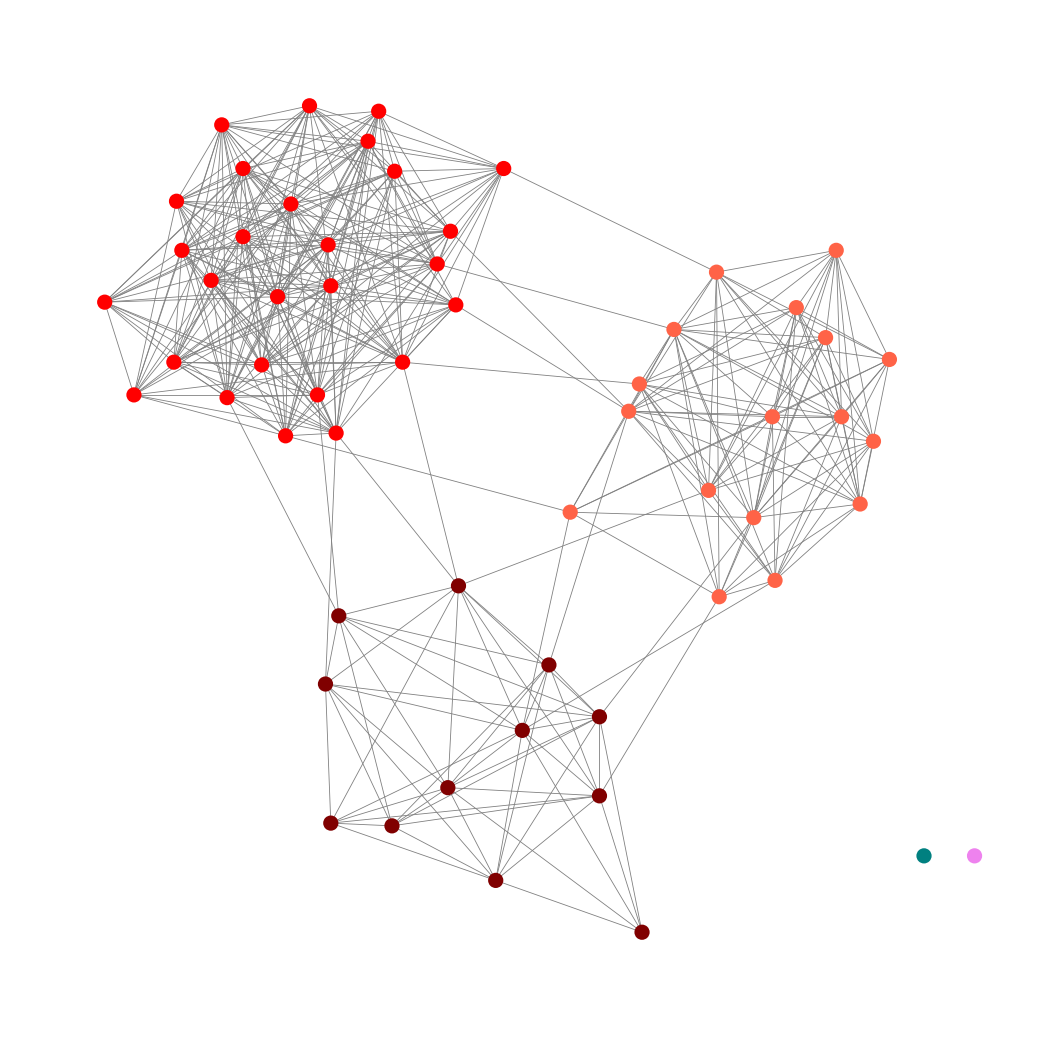
Graph connected: No
Number of connected components: 3
Number of singletons: 2
Total number of nodes: 58
Total number of edges: 407
Number of communities: 5
Community sizes:
Maroon: 12
Red: 27
Teal: 1
Tomato: 17
Violet: 1
Graph layout: tda
Graph generation method: erdos_renyi